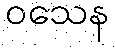
ဝသေန